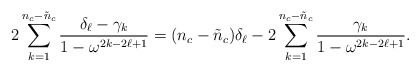
\begin{align*}2 \sum_{k=1}^{n_{c}-\tilde{n}_{c}} \frac{\delta_{\ell} - \gamma_{k}}{1 - \omega^{2k-2\ell+1}} = (n_{c}-\tilde{n}_{c}) \delta_{\ell} - 2 \sum_{k=1}^{n_{c}-\tilde{n}_{c}} \frac{\gamma_{k}}{1 - \omega^{2k-2\ell+1}}. \end{align*}